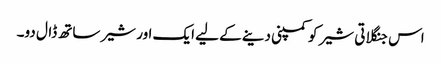
اس جنگلاتی شیر کو کمپنی دینے کے لیے ایک اور شیر ساتھ ڈال دو۔